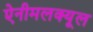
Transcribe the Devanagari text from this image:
ऐनीमलक्यूल